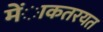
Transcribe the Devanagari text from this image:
मेंाकतरयत